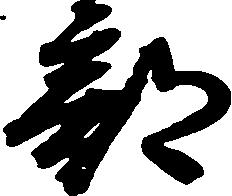
部